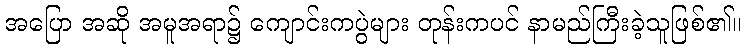
အပြော အဆို အမူအရာ၌ ကျောင်းကပွဲများ တုန်းကပင် နာမည်ကြီးခဲ့သူဖြစ်၏။